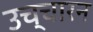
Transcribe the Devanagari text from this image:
उच्चारन